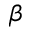
\beta